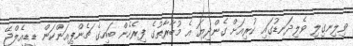
ވިލިނގިލި ވެލިދަނޑުގައި ކުރިއަށް ގެންދިޔަ އެ މުބާރާތުގެ ފިރެހެން ބައިގެ ޗެންޕިއަންކަން ޑީޑީއެލްޖޭ